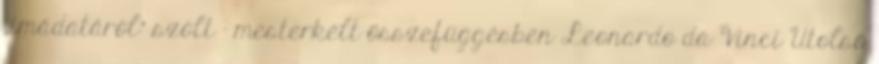
„imádatáról” szólt – mester­kélt össze­füg­gésben Leonardo da Vinci Utolsó